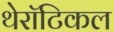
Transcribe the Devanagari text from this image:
थेरॉटिकल